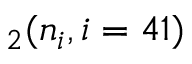
_ 2 ( n _ { i } , i = 4 1 )